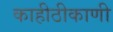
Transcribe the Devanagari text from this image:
काहीठीकाणी